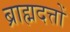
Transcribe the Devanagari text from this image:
ब्राह्मदत्तों